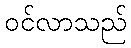
ဝင်လာသည်